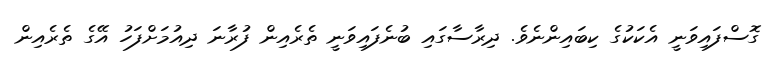
ގޮސްފައިވަނީ އެކަކުގެ ކިބައިންނެވެ. ދިރާސާގައި ބުނެފައިވަނީ ތެރެއިން ފުރާނަ ދިއުމަށްފަހު އޭގެ ތެރެއިން